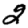
Digit: 2